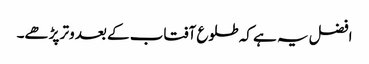
افضل یہ ہے کہ طلوع آفتاب کے بعد وتر پڑھے۔